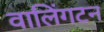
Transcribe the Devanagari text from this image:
वालिंगटन